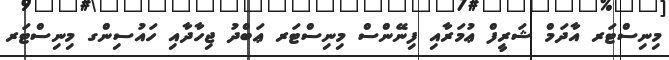
މިނިސްޓަރ އާދަމް ޝަރީފް ޢުމަރާއި ފިނޭންސް މިނިސްޓަރ ޢަބްދު ޖިހާދާއި ހައުސިންގ މިނިސްޓަރ